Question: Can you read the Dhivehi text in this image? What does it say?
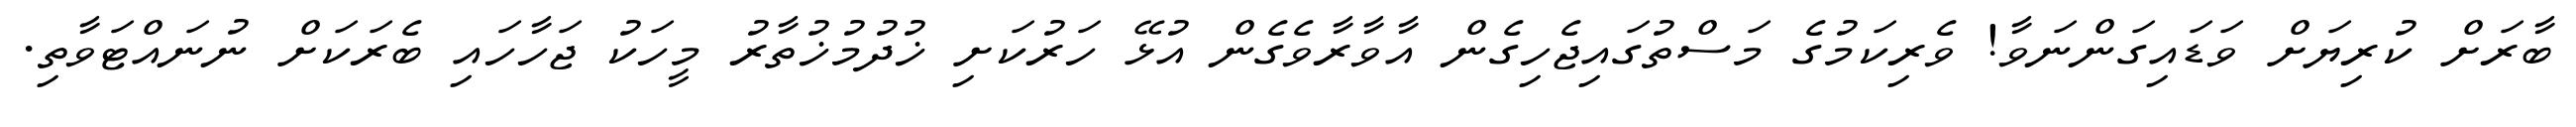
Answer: ބާރަށް ކުރިޔަށް ވަޑައިގަންނަވާ! ވެރިކަމުގެ މަސްތުގައިޖެހިގެން އާވާރާވެގެން އުޅޭ ހަރުކަށި ޚުދުމުޚުތާރު މީހަކު ޖަހާހައި ބެރަކަށް ނުނައްޓަވާތި.